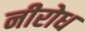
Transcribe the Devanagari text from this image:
नीरोध